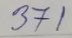
371